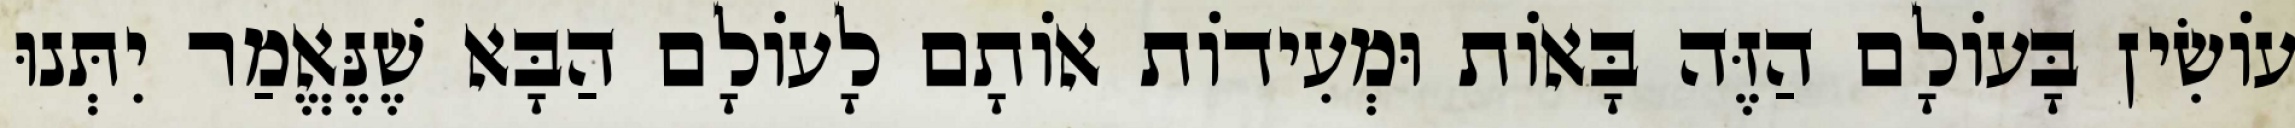
עוֹשִׂין בָּעוֹלָם הַזֶּה בָּאוֹת וּמְעִידוֹת אוֹתָם לָעוֹלָם הַבָּא שֶׁנֶּאֱמַר יִתְּנוּ